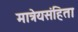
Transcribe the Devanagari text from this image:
मात्रेयसंहिता